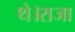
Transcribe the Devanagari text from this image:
थे।राजा